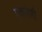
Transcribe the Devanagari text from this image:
एकवेणी